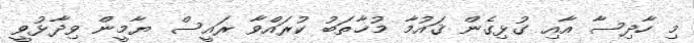
މި ހާދިސާ އާއި ގުޅިގެން ޤައުމާ މުޚާތަބު ކުރައްވާ ރައީސް ޔާމީން ވިދާޅުވީ